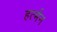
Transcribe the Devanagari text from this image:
हर्त्मन